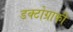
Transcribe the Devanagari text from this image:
डक्टोग्राफी